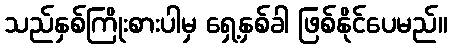
သည်နှစ်ကြိုးစားပါမှ ရှေ့နှစ်ခါ ဖြစ်နိုင်ပေမည်။